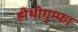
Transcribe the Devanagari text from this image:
हीथीगुम्फा